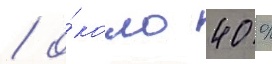
/ о́коло 40 %